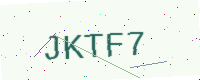
Text: JKTF7